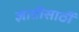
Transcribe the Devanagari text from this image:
ज्ञातीसाठीं